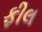
ફીલ